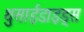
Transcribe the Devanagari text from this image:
थुसाईडाइड्स